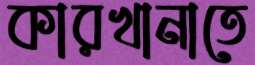
কারখানাতে